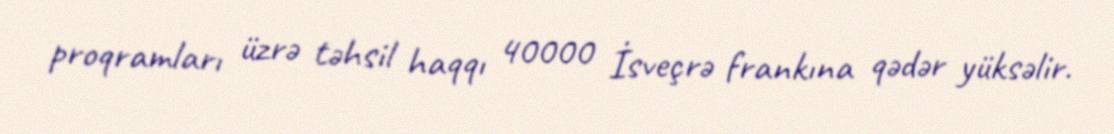
proqramları üzrə təhsil haqqı 40000 İsveçrə frankına qədər yüksəlir.